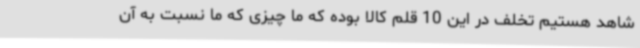
شاهد هستیم تخلف در این 10 قلم کالا بوده که ما چیزی که ما نسبت به آن